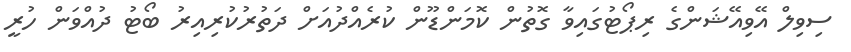
ސިވިލް އޭވިއޭޝަންގެ ރިޕޯޓުގައިވާ ގޮތުން ކޮމަންޑޫން ކުރެއްދުއަށް ދަތުރުކުރިއިރު ބޯޓު ދުއްވަން ހުރީ